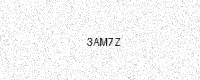
Text: 3AM7Z